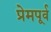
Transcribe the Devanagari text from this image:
प्रेमपूर्व